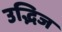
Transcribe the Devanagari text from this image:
उद्भिज